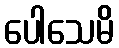
ပေါသေမိ